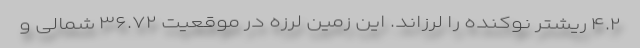
۴.۲ ریشتر نوکنده را لرزاند. این زمین لرزه در موقعیت ۳۶.۷۲ شمالی و